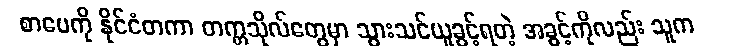
စာပေကို နိုင်ငံတကာ တက္ကသိုလ်တွေမှာ သွားသင်ယူခွင့်ရတဲ့ အခွင့်ကိုလည်း သူက